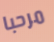
مرحبا